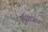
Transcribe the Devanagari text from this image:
इण्डिअन